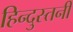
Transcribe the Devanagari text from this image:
हिन्दुस्तनी